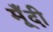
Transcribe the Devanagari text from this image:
मूँदी